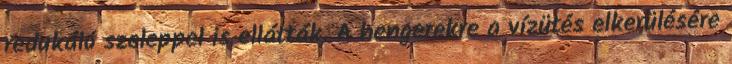
redukáló szeleppel is ellátták. A hengerekre a vízütés elkerülésére